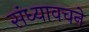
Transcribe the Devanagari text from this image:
संध्यावचने